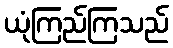
ယုံကြည်ကြသည်